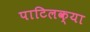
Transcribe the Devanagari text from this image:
पाटिलक्या